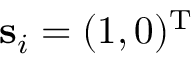
\mathbf { s } _ { i } = ( 1 , 0 ) ^ { \mathrm { T } }